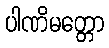
ပါဏိမတ္တော